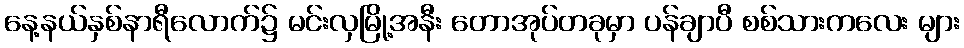
နေ့နယ်နှစ်နာရီလောက်၌ မင်းလှမြို့အနီး တောအုပ်တခုမှာ ပန်ချာပီ စစ်သားကလေး များ